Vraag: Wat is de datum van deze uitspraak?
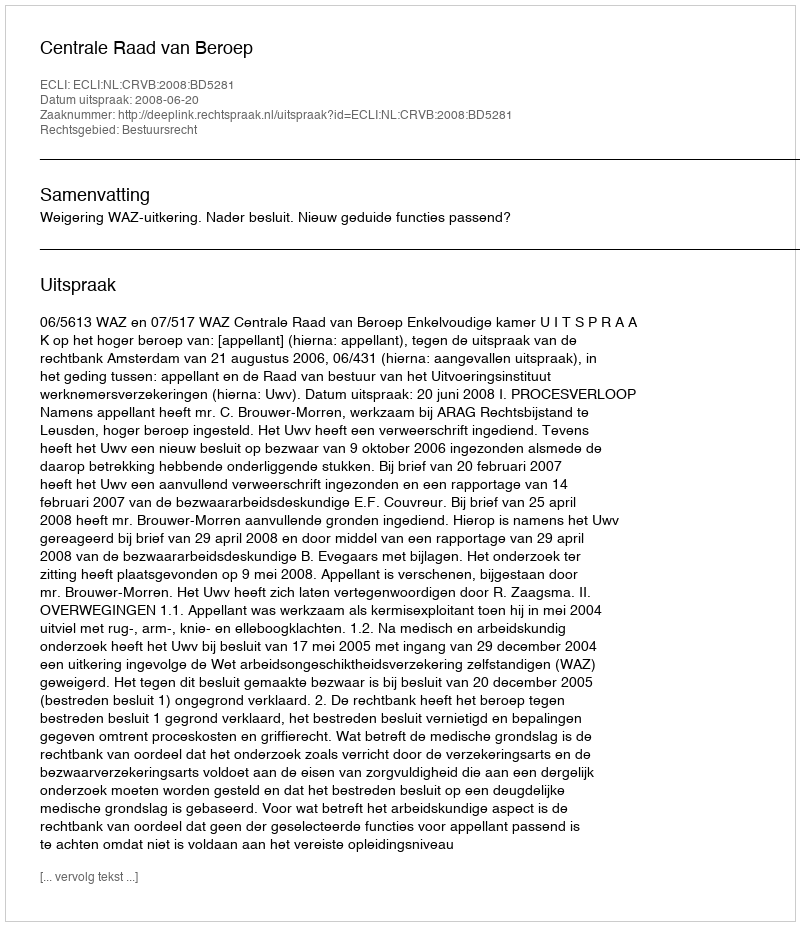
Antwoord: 2008-06-20